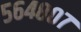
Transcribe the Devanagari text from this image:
५६४८०७